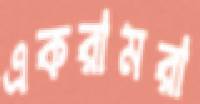
একরামরা